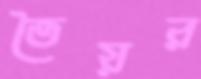
তৈয়র